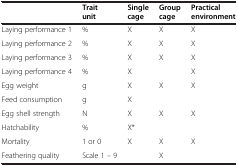
|  | Trait unit | Single cage | Group cage | Practical environment |
 | --- | --- | --- | --- | --- |
 | Laying performance 1 | % | X | X | X |
 | Laying performance 2 | % | X | X | X |
 | Laying performance 3 | % | X | X | X |
 | Laying performance 4 | % | X |  | X |
 | Egg weight | g | X | X | X |
 | Feed consumption | g | X |  |  |
 | Egg shell strength | N | X | X | X |
 | Hatchability | % | X* |  |  |
 | Mortality | 1 or 0 | X | X | X |
 | Feathering quality | Scale 1 – 9 |  | X |  |